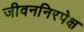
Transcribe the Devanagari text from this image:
जीवननिरपेक्ष